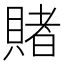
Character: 賭